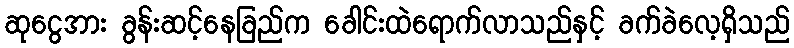
ဆုငွေအား ခွန်းဆင့်နေခြည်က ခေါင်းထဲရောက်လာသည်နှင့် ခက်ခဲလေ့ရှိသည်